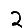
Digit: 2